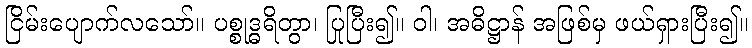
ငြိမ်းပျောက်လသော်။ ပစ္စုဒ္ဓရိတွာ၊ ပြုပြီး၍။ ဝါ၊ အဓိဋ္ဌာန် အဖြစ်မှ ဖယ်ရှားပြီး၍။